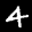
Label: 4